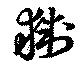
猘